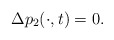
\begin{align*}\Delta p_{2}(\cdot,t)=0.\end{align*}